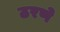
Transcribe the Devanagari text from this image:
ठरणे